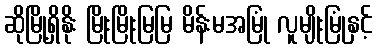
ဆိုမြို့ရှိနိုး မြိုးမြိုးမြမြ မိန်းမအမြုံ လူမျိုးမြုံနှင့်